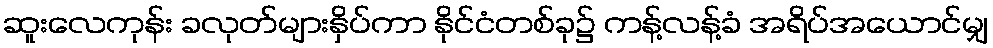
ဆူးလေကုန်း ခလုတ်များနှိပ်ကာ နိုင်ငံတစ်ခု၌ ကန့်လန့်ခံ အရိပ်အယောင်မျှ